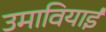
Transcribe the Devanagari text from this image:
उमावियाई